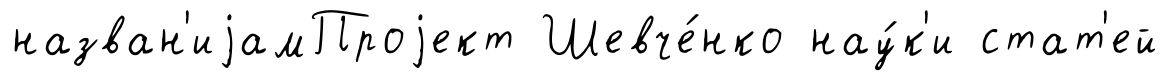
назван'иjамПроjект Шевче́нко нау́к'и стат'ей